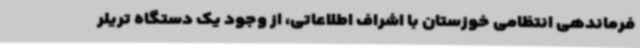
فرماندهی انتظامی خوزستان با اشراف اطلاعاتی، از وجود یک دستگاه تریلر